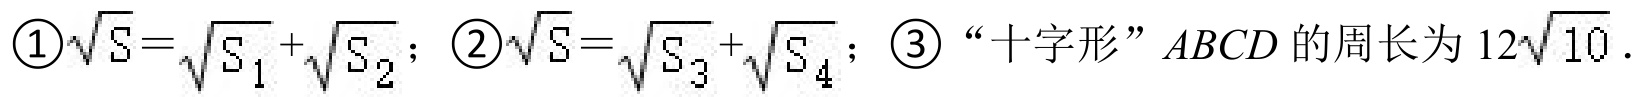
\textcircled{1}$\sqrt{S}=\sqrt{S_{1}}+\sqrt{S_{2}}$；\textcircled{2}$\sqrt{S}=\sqrt{S_{3}}+\sqrt{S_{4}}$；\textcircled{3}“十字形”$ABCD$的周长为$12\sqrt{10}$．